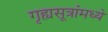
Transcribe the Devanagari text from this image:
गृह्यसूत्रांमध्ये